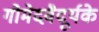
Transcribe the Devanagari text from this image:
गोमेदवैदूर्यके